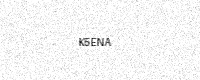
Text: K5ENA